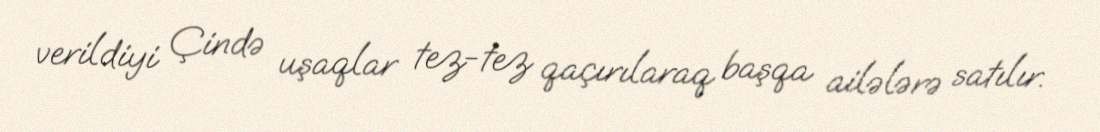
verildiyi Çində uşaqlar tez-tez qaçırılaraq başqa ailələrə satılır.